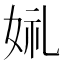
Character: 𫰣